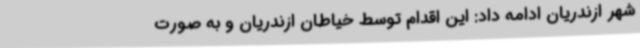
شهر ازندریان ادامه داد: این اقدام توسط خیاطان ازندریان و به صورت